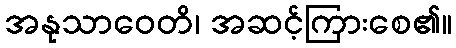
အနုသာဝေတိ၊ အဆင့်ကြားစေ၏။